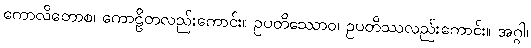
ကောလိတောစ၊ ကောဠိတလည်းကောင်း။ ဥပတိဿောဝ၊ ဥပတိဿလည်းကောင်း။ အဂ္ဂါ၊